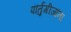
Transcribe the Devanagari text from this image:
पॊर्तुगीजांना